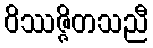
ဝိဿဇ္ဇိတသညီ